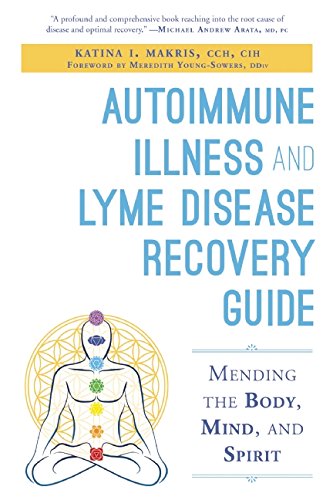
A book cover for Autoimmune Illness and Lyme Disease Recovery Guide: Mending the Body, Mind, and Spirit; Katina I. Makris; Medical Books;